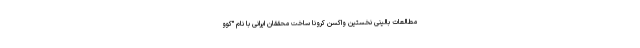
مطالعات بالینی نخستین واکسن کرونا ساخت محققان ایرانی با نام "کُوو